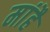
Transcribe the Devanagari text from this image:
मांहै